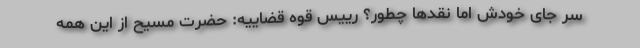
سر جای خودش اما نقدها چطور؟ رییس قوه قضاییه: حضرت مسیح از این همه